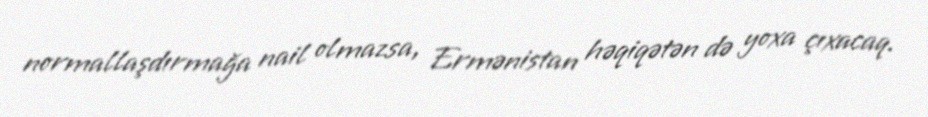
normallaşdırmağa nail olmazsa, Ermənistan həqiqətən də yoxa çıxacaq.